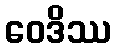
ဝေဒိဿ